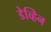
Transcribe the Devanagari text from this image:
डेव्हिन